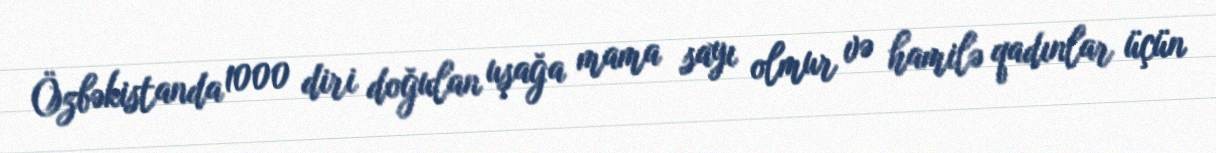
Özbəkistanda 1000 diri doğulan uşağa mama sayı olmur və hamilə qadınlar üçün